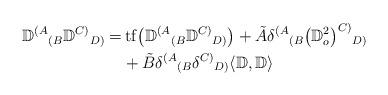
LaTeX: \begin{align*}{\mathbb D}^{(A}{}_{(B}{\mathbb D}^{C)}{}_{D)}=&\, \mathrm{tf}\big( {\mathbb D}^{(A}{}_{(B}{\mathbb D}^{C)}{}_{D)} \big)+\tilde{A}\delta^{(A}{}_{(B}{\big({\mathbb D}_o^2\big)}^{C)}{}_{D)} \\& +\tilde{B}\delta^{(A}{}_{(B}\delta^{C)}{}_{D)}\langle {\mathbb D}, {\mathbb D} \rangle\end{align*}